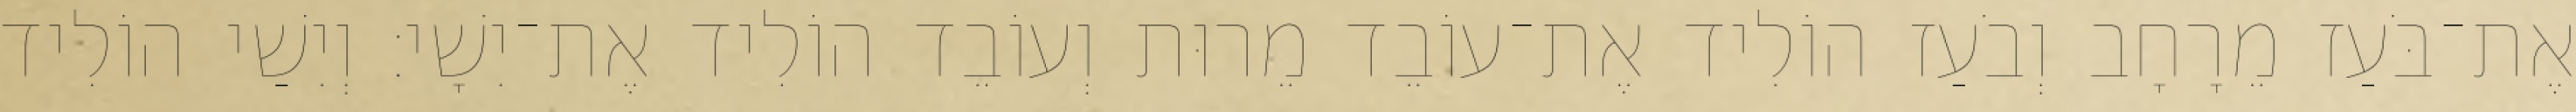
אֶת־בֹּעַז מֵרָחָב וְבֹעַז הוֹלִיד אֶת־עוֹבֵד מֵרוּת וְעוֹבֵד הוֹלִיד אֶת־יִשָׁי׃ וְיִשַׁי הוֹלִיד